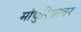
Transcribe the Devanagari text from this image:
मांचुरियावर